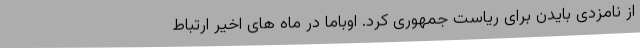
از نامزدی بایدن برای ریاست جمهوری کرد. اوباما در ماه های اخیر ارتباط